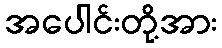
အပေါင်းတို့အား